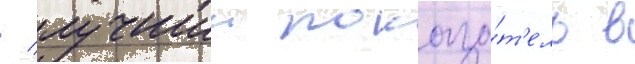
/ лучшии показа́т'ель в